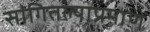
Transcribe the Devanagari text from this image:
सांगितल्याप्रमाणें